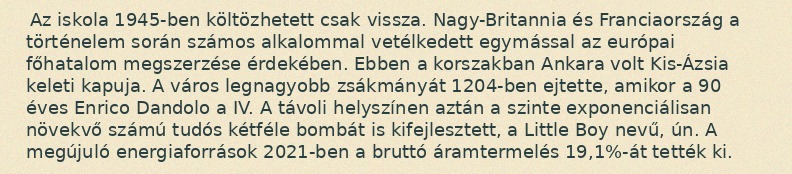
Az iskola 1945-ben költözhetett csak vissza. Nagy-Britannia és Franciaország a történelem során számos alkalommal vetélkedett egymással az európai főhatalom megszerzése érdekében. Ebben a korszakban Ankara volt Kis-Ázsia keleti kapuja. A város legnagyobb zsákmányát 1204-ben ejtette, amikor a 90 éves Enrico Dandolo a IV. A távoli helyszínen aztán a szinte exponenciálisan növekvő számú tudós kétféle bombát is kifejlesztett, a Little Boy nevű, ún. A megújuló energiaforrások 2021-ben a bruttó áramtermelés 19,1%-át tették ki.